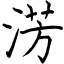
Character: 淓